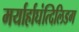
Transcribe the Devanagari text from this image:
मर्यार्हाघंत्दिलिडग